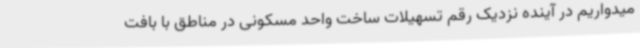
میدواریم در آینده نزدیک رقم تسهیلات ساخت واحد مسکونی در مناطق با بافت